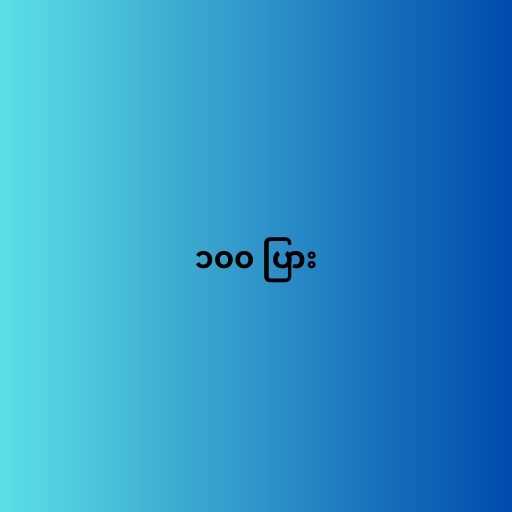
၁၀၀ ပြား